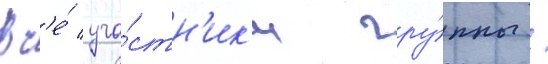
Вс'е́ уча́стн'ик'и гру́ппы /